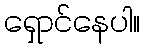
ရှောင်နေပါ။